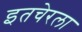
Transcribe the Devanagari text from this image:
इतचेरला